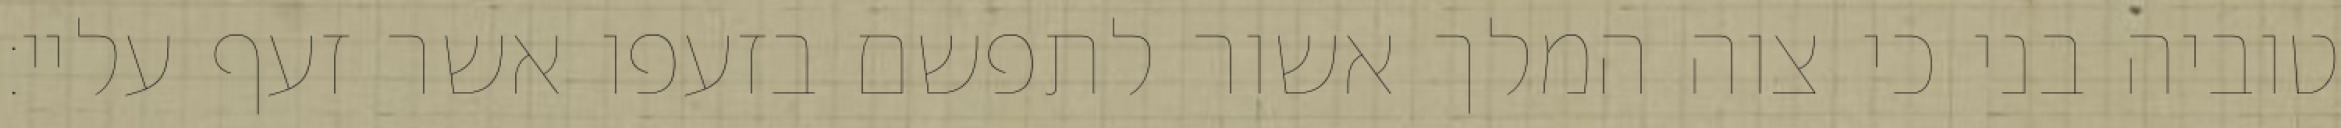
טוביה בני כי צוה המלך אשור לתפשם בזעפו אשר זעף עליי: